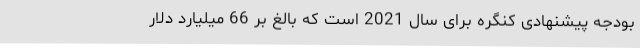
بودجه پیشنهادی کنگره برای سال 2021 است که بالغ بر 66 میلیارد دلار